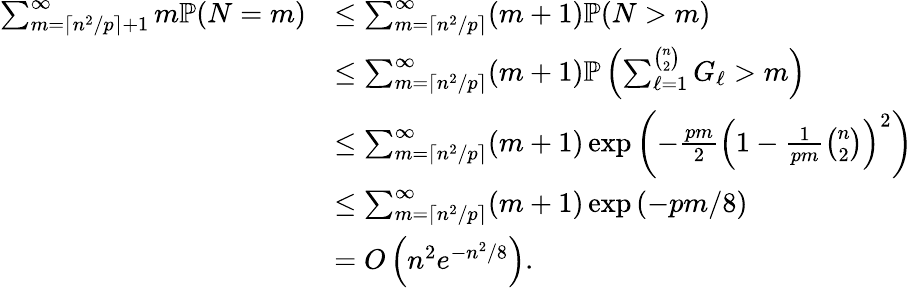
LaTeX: \begin{array}{rl}{\sum_{m=\left\lceil n^{2}/p\right\rceil+1}^{\infty}m\mathbb{P}(N=m)}&{\leq\sum_{m=\left\lceil n^{2}/p\right\rceil}^{\infty}(m+1)\mathbb{P}(N>m)}\\ &{\leq\sum_{m=\left\lceil n^{2}/p\right\rceil}^{\infty}(m+1)\mathbb{P}\left(\sum_{\ell=1}^{\binom{n}{2}}G_{\ell}>m\right)}\\ &{\leq\sum_{m=\left\lceil n^{2}/p\right\rceil}^{\infty}(m+1)\exp\left(-\frac{pm}{2}\left(1-\frac{1}{pm}\binom{n}{2}\right)^{2}\right)}\\ &{\leq\sum_{m=\left\lceil n^{2}/p\right\rceil}^{\infty}(m+1)\exp\left(-pm/8\right)}\\ &{=O\left(n^{2}e^{-n^{2}/8}\right).}\end{array}